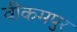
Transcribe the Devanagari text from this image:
वीकमपुर